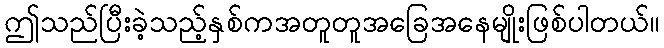
ဤသည်ပြီးခဲ့သည့်နှစ်ကအတူတူအခြေအနေမျိုးဖြစ်ပါတယ်။